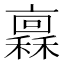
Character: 𱶨